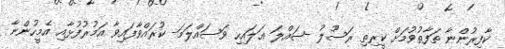
ކާފިރުންނާ ތަފާތުވުމަށް ކީރިތި ރަސޫލު -ޞައްލަ ޢަލައިހި ވަސައްލަމަ- ކުރައްވާފައިވާ އަމުރުފުޅާއި އެމީހުންނާ